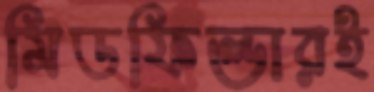
মিডফিল্ডারই